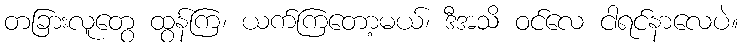
တခြားလူတွေ ထွန်ကြ၊ ယက်ကြတော့မယ်၊ ဒီအသိ ဝင်လေ ငါရင်နာလေပဲ။